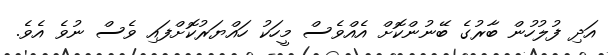
އަދި ފުލުހުން ބާރުގެ ބޭނުންކޮށް އެއްވެސް މީހަކު ހައްޔަރުކޮށްފައި ވެސް ނުވެ އެވެ.